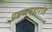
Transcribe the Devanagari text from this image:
पत्रव्यवहारांत